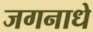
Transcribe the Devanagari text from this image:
जगनाधे